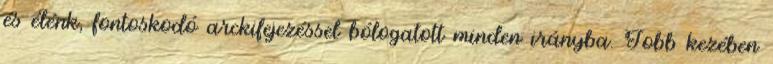
és élénk, fontoskodó arckifejezéssel bólogatott minden irányba. Jobb kezében